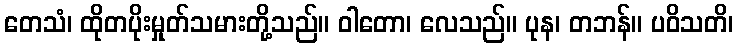
တေသံ၊ ထိုတပိုးမှုတ်သမားတို့သည်။ ဝါတော၊ လေသည်။ ပုန၊ တဘန်။ ပဝိသတိ၊